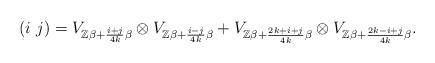
LaTeX: \begin{align*}\left(i\ j\right)=V_{\mathbb{Z}\beta+\frac{i+j}{4k}\beta}\otimes V_{\mathbb{Z}\beta+\frac{i-j}{4k}\beta}+V_{\mathbb{Z}\beta+\frac{2k+i+j}{4k}\beta}\otimes V_{\mathbb{Z}\beta+\frac{2k-i+j}{4k}\beta}.\end{align*}